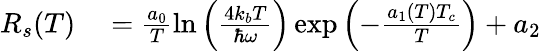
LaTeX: \begin{array}{rl}{R_{s}(T)}&{{}=\frac{a_{0}}{T}\ln\left(\frac{4k_{b}T}{\hbar\omega}\right)\exp\left(-\frac{a_{1}(T)T_{c}}{T}\right)+a_{2}}\end{array}